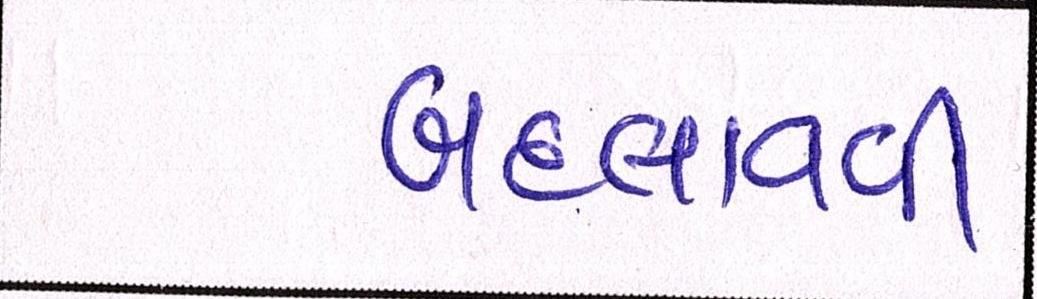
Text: બદલાવવી